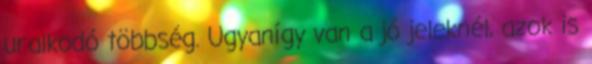
uralkodó többség. Ugyanígy van a jó jeleknél, azok is